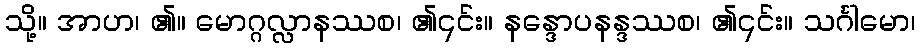
သို့။ အာဟ၊ ၏။ မောဂ္ဂလ္လာနဿစ၊ ၏၎င်း။ နန္ဒောပနန္ဒဿစ၊ ၏၎င်း။ သင်္ဂါမော၊